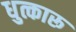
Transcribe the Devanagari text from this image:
धुत्कारू